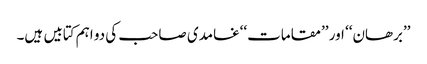
’’برھان‘‘ اور ’’مقامات‘‘غامدی صاحب کی دو اہم کتابیں ہیں۔